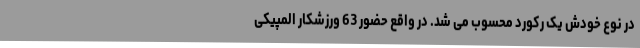
در نوع خودش یک رکورد محسوب می شد. در واقع حضور 63 ورزشکار المپیکی